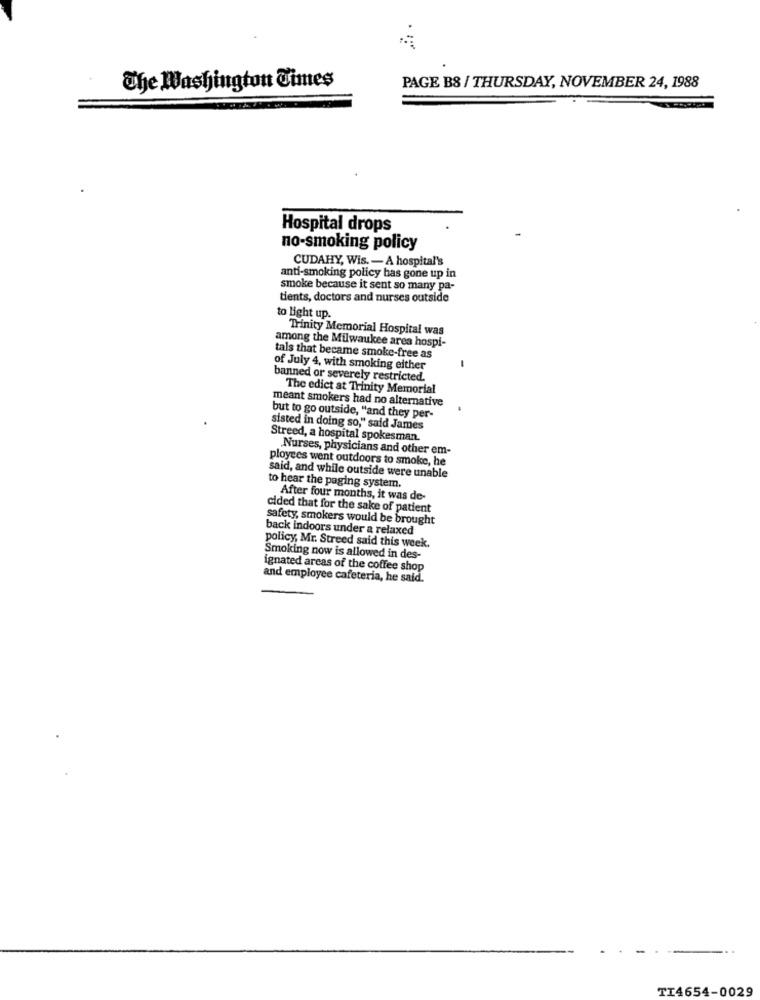
The Washington Times
PAGE B8 / THURSDAY, NOVEMBER 24, 1988
Hospital drops
no-smoking policy
CUDAHY, Wis. - A hospital's
anti-smoking policy has gone up in
smoke because it sent so many pa-
tients, doctors and nurses outside
to light up.
Trinity Memorial Hospital was
among the Milwaukee area hospi-
tals that became smoke-free as
of July 4, with smoking either
banned or severely restricted.
The edict at Trinity Memorial
meant smokers had no alternative
but to go outside, "and they per-
sisted in doing so," said James
Streed, a hospital spokesman.
Nurses, physicians and other em-
ployees went outdoors to smoke, he
said, and while outside were unable
to hear the paging system.
After four months, it was de-
cided that for the sake of patient
safety, smokers would be brought
back indoors under a relaxed
policy, Mr. Streed said this week.
Smoking now is allowed in des-
ignated areas of the coffee shop
and employee cafeteria, he said.
TI4654-0029